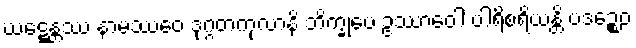
ဃဋ္ဋေန္တဿ နာမဿေဝ ဒုဂ္ဂတကုလာနိ ဘိက္ခုပေ ဥဿာဝေါ ပါရိစရိယန္တိ ပဒဉ္စေဝ